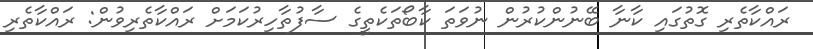
ރައްކާތެރި ގޮތުގައި ކާނާ ބޭނުންކުރުން ނުވަތަ ކާބޯތަކެތީގެ ސާފުތާހިރުކަމަށް ރައްކާތެރިވުން: ރައްކާތެރި